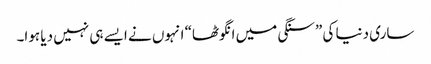
ساری دنیا کی ”سنگی میں انگوٹھا“ انہوں نے ایسے ہی نہیں دیا ہوا۔